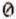
0